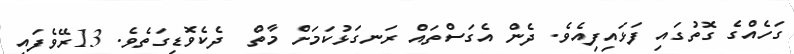
ގަހެއްގެ ގޮތުގައި ފަޅައިފިއެވެ. ދެން އެގަސްތައް ރަނގަޅުކަމަށް މާތް  ދެކެވޮޑިގަތެވެ. 13ރޭވެފައި